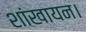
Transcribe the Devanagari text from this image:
शांखायन।